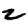
Digit: 2